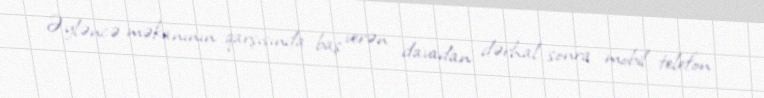
Əyləncə məkanının qarşısında baş verən davadan dərhal sonra mobil telefon